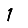
Digit: 1